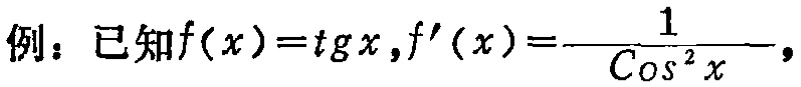
例：已知$f(x)=\mathrm{tg}x,f^{\prime}(x)=\frac{1}{\mathrm{Cos}^{2}x},$